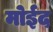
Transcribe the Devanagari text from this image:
मोईद